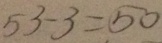
5 3 - 3 = 5 0